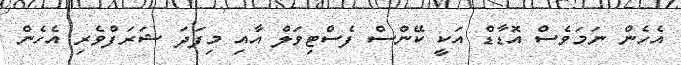
އެހެން ނަމަވެސް އޮޑާޑް އަކީ ކޭންސް ފެސްޓިވަލް އާއި މިފަދަ ޝަރަފްވެރި އެހެން